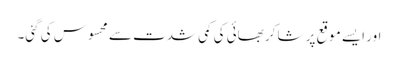
اور ایسے موقع پر شاکر بھائی کی کمی شدت سے محسوس کی گئی۔